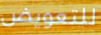
للتعويض